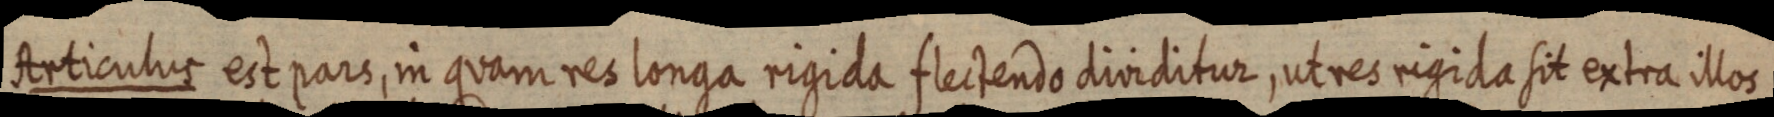
Articulus est pars, in quam res longa rigida flectendo dividitur, ut res rigida sit extra illos